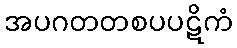
အပဂတတစပပဋိကံ